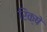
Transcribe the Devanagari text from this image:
रिक्षे